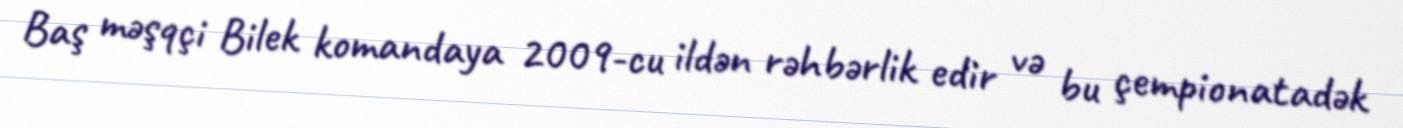
Baş məşqçi Bilek komandaya 2009-cu ildən rəhbərlik edir və bu çempionatadək